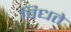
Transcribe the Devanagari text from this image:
विधते